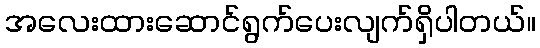
အလေးထားဆောင်ရွက်ပေးလျက်ရှိပါတယ်။